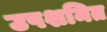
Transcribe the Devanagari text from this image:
उपशमित